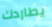
يطاردك